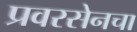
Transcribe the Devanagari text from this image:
प्रवरसेनचा